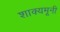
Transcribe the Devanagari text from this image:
शाक्यमूनी